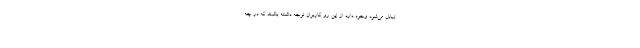
تبادل می‌شود وجود دارد از این رو کاربران توجه داشته باشند که در چه